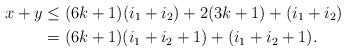
LaTeX: \begin{align*}x + y & \leq (6k+1) (i_1+i_2) + 2 (3k+1) + (i_1+i_2)\\& = (6k+1) (i_1+i_2+1) + (i_1+i_2+1). \end{align*}